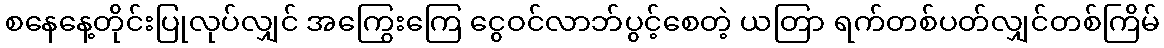
စနေနေ့တိုင်းပြုလုပ်လျှင် အကြွေးကြေ ငွေဝင်လာဘ်ပွင့်စေတဲ့ ယတြာ ရက်တစ်ပတ်လျှင်တစ်ကြိမ်